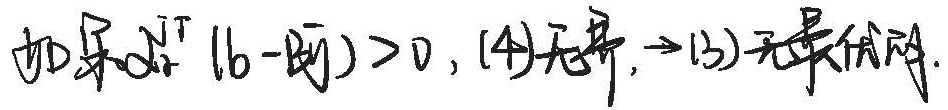
如果$\int_{a}^{b} (b - |x|) > 0$, (4)无界，$\Rightarrow$ (3)无最低阶.